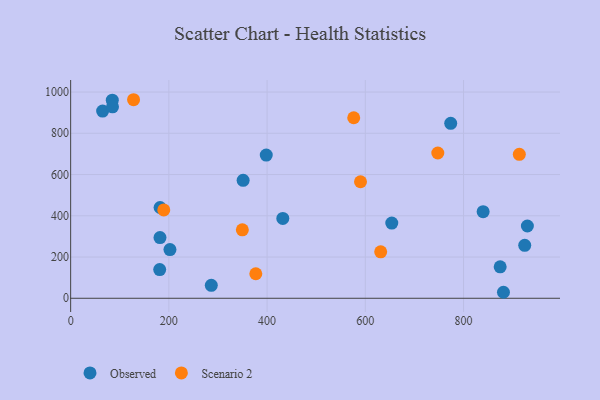
{"axis": {"x": "Experience", "y": "Exam Score"}, "legend": ["Observed", "Scenario 2"], "data": [{"x": "181.9", "y": 294.1, "type": "Observed"}, {"x": "881.3", "y": 29.1, "type": "Observed"}, {"x": "84.8", "y": 960.3, "type": "Observed"}, {"x": "65.1", "y": 907.7, "type": "Observed"}, {"x": "773.9", "y": 848.5, "type": "Observed"}, {"x": "351.2", "y": 572.0, "type": "Observed"}, {"x": "432.0", "y": 387.3, "type": "Observed"}, {"x": "930.0", "y": 350.4, "type": "Observed"}, {"x": "181.3", "y": 139.2, "type": "Observed"}, {"x": "286.4", "y": 62.6, "type": "Observed"}, {"x": "182.1", "y": 440.1, "type": "Observed"}, {"x": "924.6", "y": 256.5, "type": "Observed"}, {"x": "202.2", "y": 236.0, "type": "Observed"}, {"x": "653.9", "y": 364.7, "type": "Observed"}, {"x": "874.6", "y": 152.5, "type": "Observed"}, {"x": "839.9", "y": 419.7, "type": "Observed"}, {"x": "85.2", "y": 928.4, "type": "Observed"}, {"x": "398.3", "y": 694.3, "type": "Observed"}, {"x": "590.2", "y": 565.0, "type": "Scenario 2"}, {"x": "189.6", "y": 428.5, "type": "Scenario 2"}, {"x": "913.6", "y": 698.2, "type": "Scenario 2"}, {"x": "631.3", "y": 225.4, "type": "Scenario 2"}, {"x": "747.6", "y": 704.4, "type": "Scenario 2"}, {"x": "576.4", "y": 875.2, "type": "Scenario 2"}, {"x": "128.1", "y": 962.7, "type": "Scenario 2"}, {"x": "377.0", "y": 118.8, "type": "Scenario 2"}, {"x": "349.6", "y": 331.9, "type": "Scenario 2"}]}